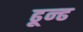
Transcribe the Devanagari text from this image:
ढून्ढ